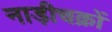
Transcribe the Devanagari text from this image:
नाड़ीचक्रों